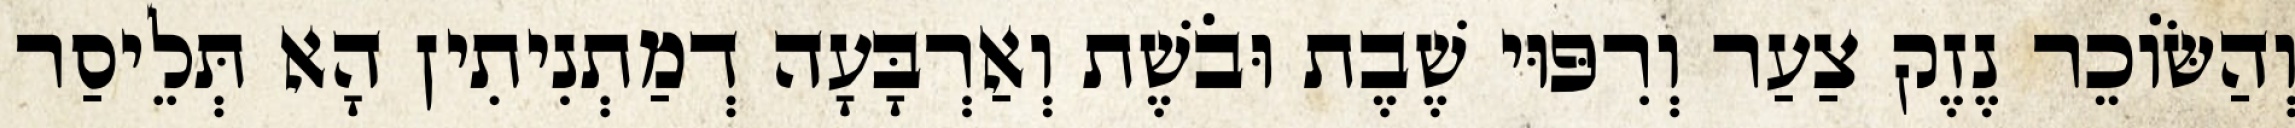
וְהַשּׂוֹכֵר נֶזֶק צַעַר וְרִפּוּי שֶׁבֶת וּבֹשֶׁת וְאַרְבָּעָה דְמַתְנִיתִין הָא תְּלֵיסַר